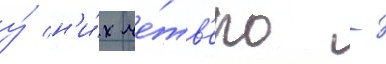
у́ н'и́х че́тв'еро -